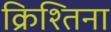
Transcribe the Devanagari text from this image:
क्रिश्तिना